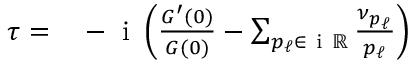
\begin{array} { r } { \begin{array} { r l } { \tau = } & { { } - \mathrm { ~ i ~ } \left( \frac { G ^ { \prime } ( 0 ) } { G ( 0 ) } - \sum _ { p _ { \ell } \in \mathrm { ~ i ~ } \mathbb { R } } \frac { \nu _ { p _ { \ell } } } { p _ { \ell } } \right) } \end{array} } \end{array}